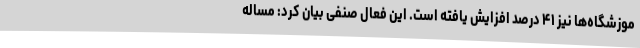
موزشگاه‌ها نیز ۴۱ درصد افزایش یافته است. این فعال صنفی بیان کرد: مساله